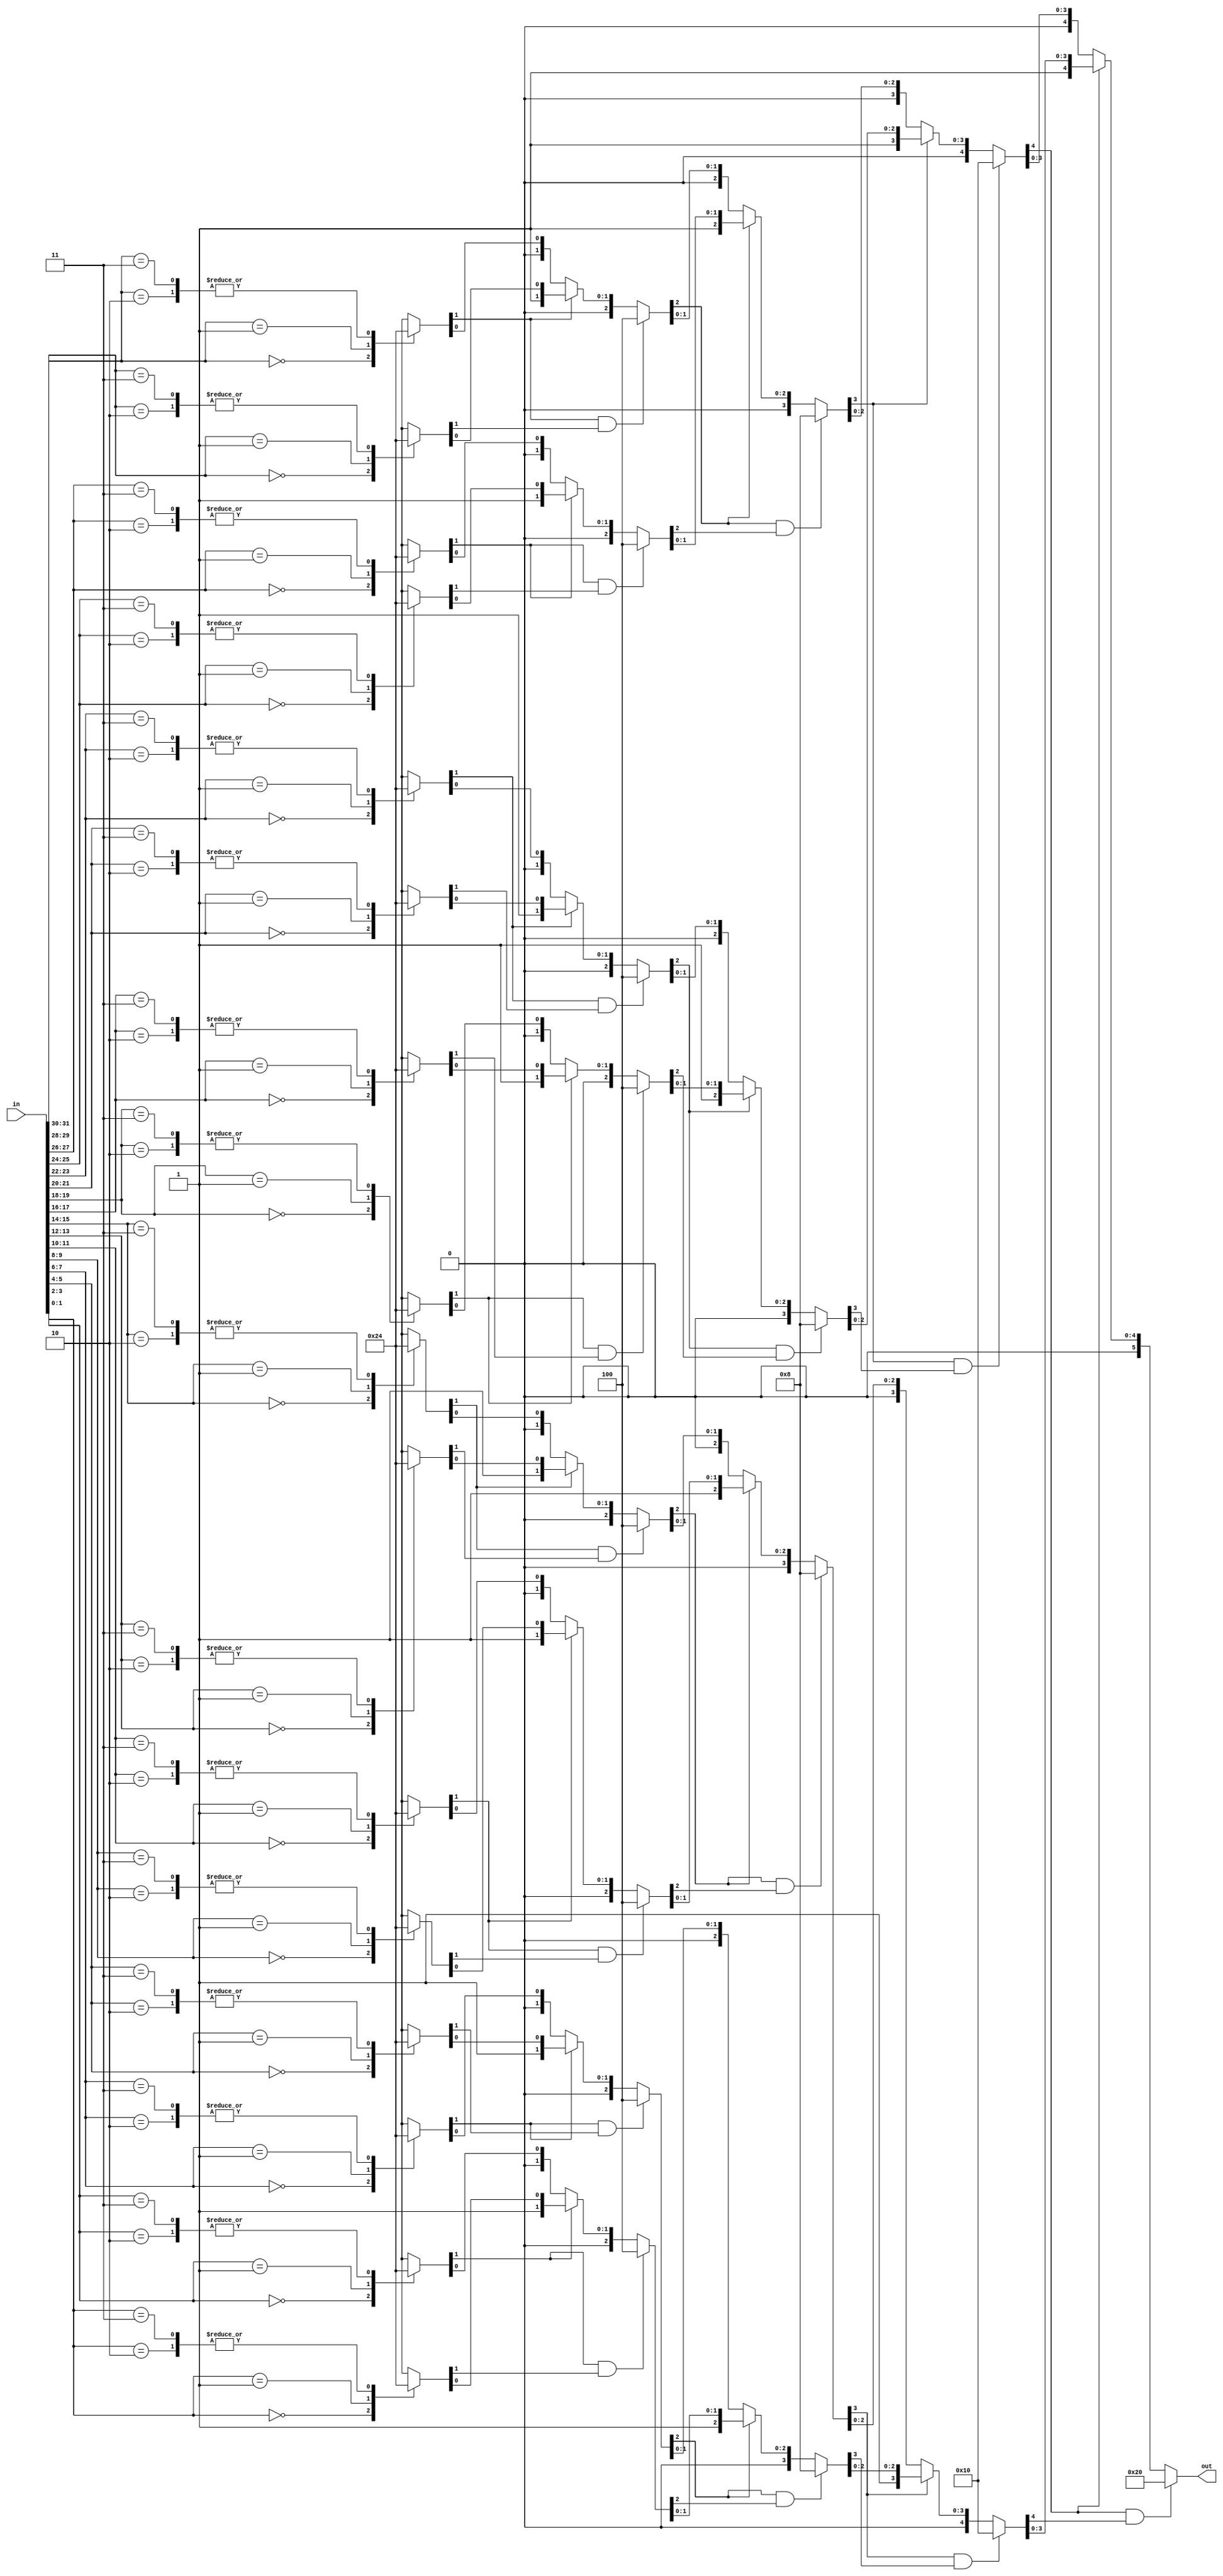
module LZCnt (
	in,
	out
);
	input wire [31:0] in;
	output reg [5:0] out;
	integer i;
	reg [1:0] s0 [15:0];
	reg [2:0] s1 [7:0];
	reg [3:0] s2 [3:0];
	reg [4:0] s3 [1:0];
	always @(*) begin
		for (i = 0; i < 16; i = i + 1)
			case (in[2 * i+:2])
				2'b00: s0[15 - i] = 2'b10;
				2'b01: s0[15 - i] = 2'b01;
				2'b10: s0[15 - i] = 2'b00;
				2'b11: s0[15 - i] = 2'b00;
			endcase
		for (i = 0; i < 8; i = i + 1)
			if (s0[(2 * i) + 0][1] && s0[(2 * i) + 1][1])
				s1[i] = 3'b100;
			else if (s0[2 * i][1] == 1'b0)
				s1[i] = {1'b0, s0[2 * i]};
			else
				s1[i] = {2'b01, s0[(2 * i) + 1][0]};
		for (i = 0; i < 4; i = i + 1)
			if (s1[(2 * i) + 0][2] && s1[(2 * i) + 1][2])
				s2[i] = 4'b1000;
			else if (s1[2 * i][2] == 1'b0)
				s2[i] = {1'b0, s1[2 * i]};
			else
				s2[i] = {2'b01, s1[(2 * i) + 1][1:0]};
		for (i = 0; i < 2; i = i + 1)
			if (s2[(2 * i) + 0][3] && s2[(2 * i) + 1][3])
				s3[i] = 5'b10000;
			else if (s2[2 * i][3] == 1'b0)
				s3[i] = {1'b0, s2[2 * i]};
			else
				s3[i] = {2'b01, s2[(2 * i) + 1][2:0]};
		if (s3[0][4] && s3[1][4])
			out = 6'b100000;
		else if (s3[0][4] == 1'b0)
			out = {1'b0, s3[0]};
		else
			out = {2'b01, s3[1][3:0]};
	end
endmodule